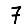
Digit: 7